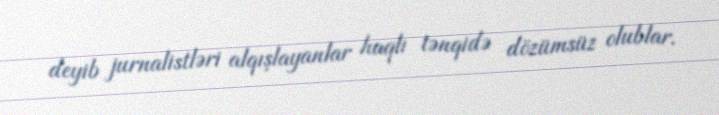
deyib jurnalistləri alqışlayanlar haqlı tənqidə dözümsüz olublar.